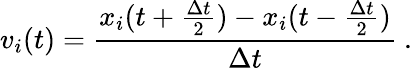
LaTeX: v_{i}(t)=\frac{x_{i}(t+\frac{\Delta t}{2})-x_{i}(t-\frac{\Delta t}{2})}{\Delta t}\ .